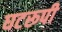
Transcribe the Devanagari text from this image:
घटरूपी